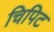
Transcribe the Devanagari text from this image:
चिपिट